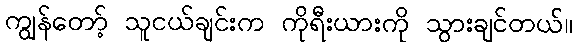
ကျွန်တော့် သူငယ်ချင်းက ကိုရီးယားကို သွားချင်တယ်။